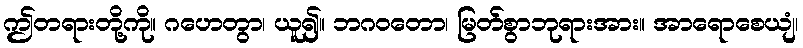
ဤတရားတို့ကို။ ဂဟေတွာ၊ ယူ၍။ ဘဂဝတော၊ မြတ်စွာဘုရားအား။ အာရောစေယျံ၊